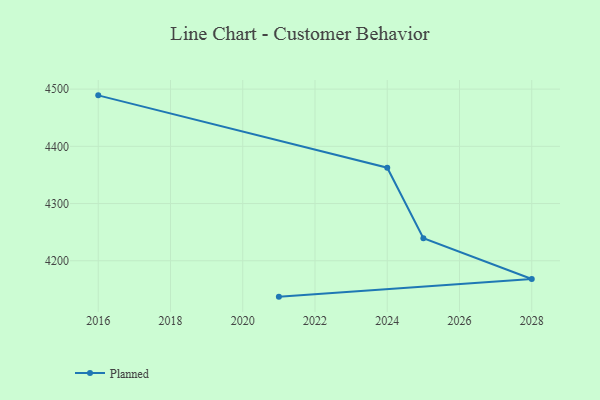
{"axis": {"x": "Year", "y": "Latency (ms)"}, "legend": ["Planned"], "data": [{"x": "2016", "y": 4489.1, "type": "Planned"}, {"x": "2024", "y": 4362.6, "type": "Planned"}, {"x": "2025", "y": 4239.4, "type": "Planned"}, {"x": "2028", "y": 4168.2, "type": "Planned"}, {"x": "2021", "y": 4137.3, "type": "Planned"}]}